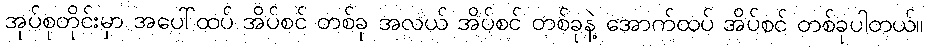
အုပ်စုတိုင်းမှာ အပေါ်ထပ် အိပ်စင် တစ်ခု အလယ် အိပ်စင် တစ်ခုနဲ့ အောက်ထပ် အိပ်စင် တစ်ခုပါတယ်။